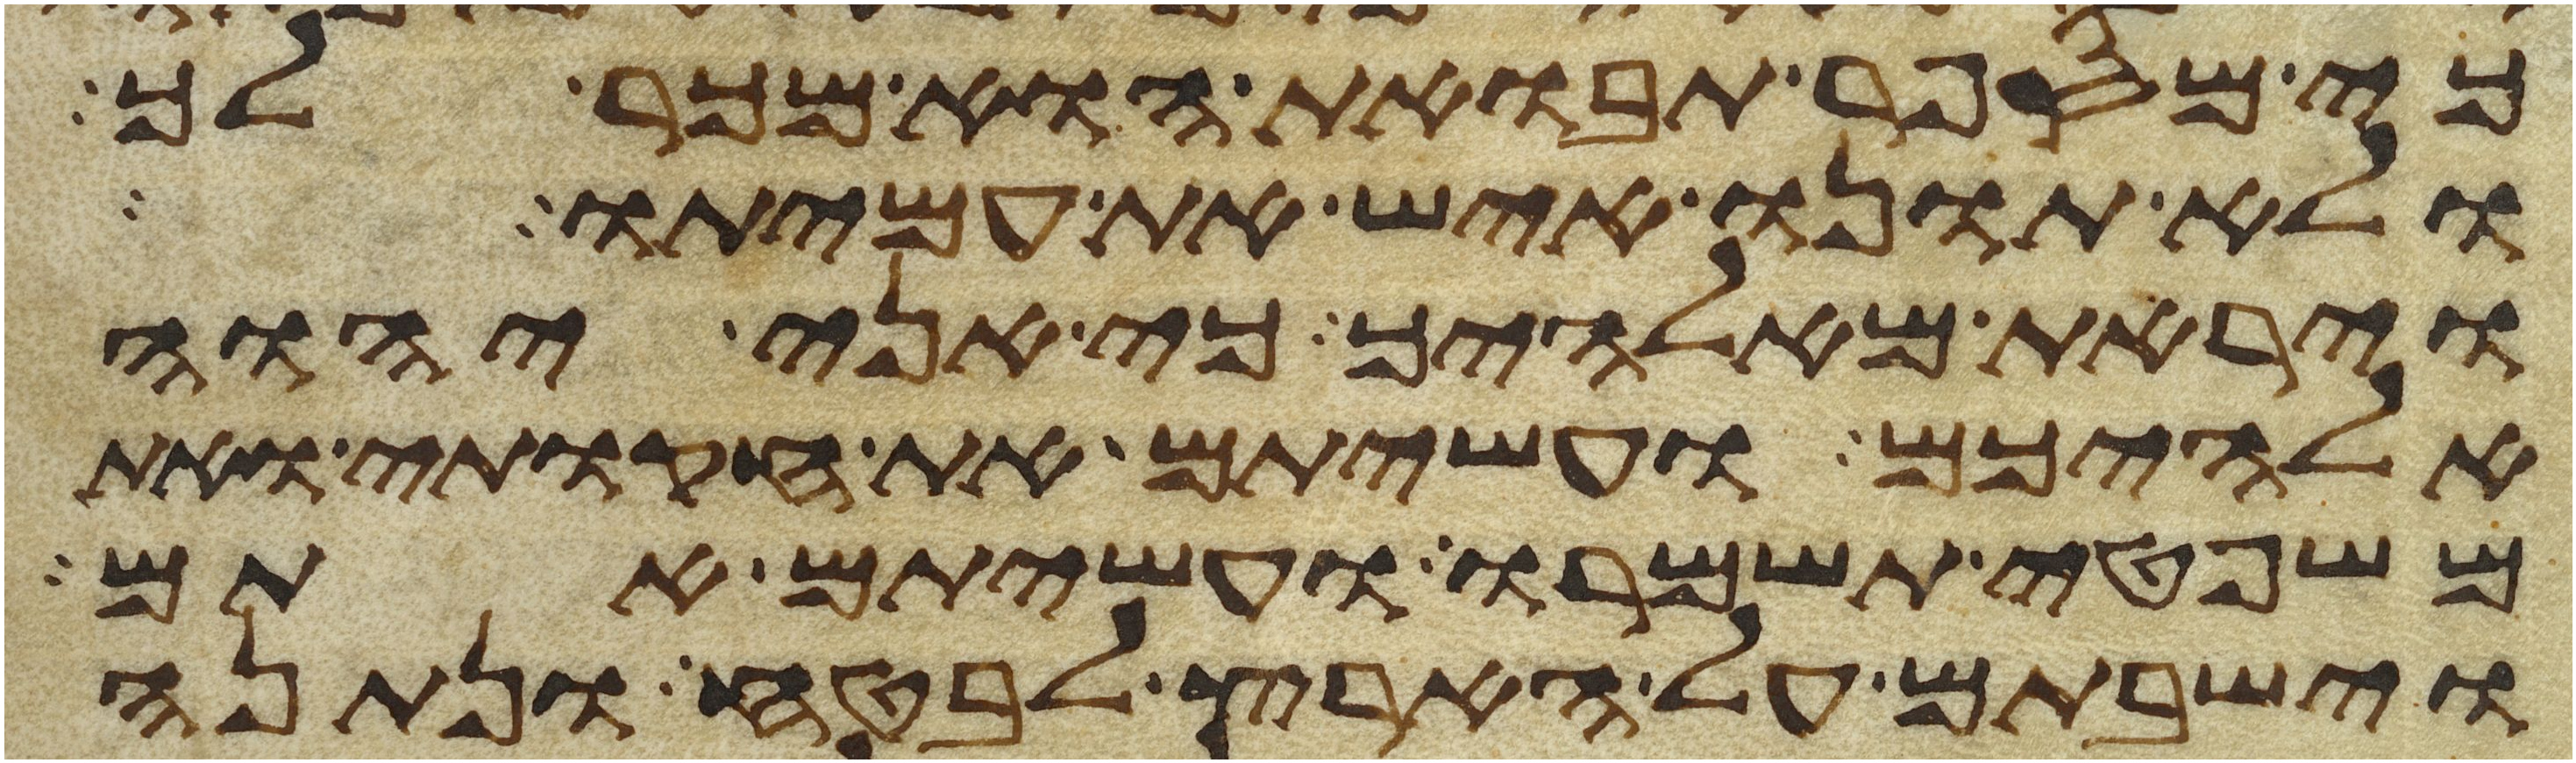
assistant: כי מספר תבואת הוא מכר לך
ולא תונו איש את עמיתו
ויראת מאלהיך כי אני יהוה
אלהיכם ועשיתם את חקותי ואת
משפטי תשמרו ועשיתם אתם
וישבתם על הארץ לבטח ונתנה